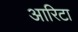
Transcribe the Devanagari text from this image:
आरिटा